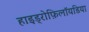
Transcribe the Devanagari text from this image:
हाइड्रोफ़िलॉयडिया